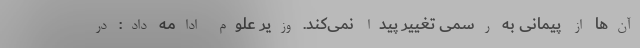
آن‌ها از پیمانی به رسمی تغییر پیدا نمی‌کند. وزیر علوم ادامه داد: در